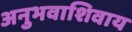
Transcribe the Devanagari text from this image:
अनुभवाशिवाय